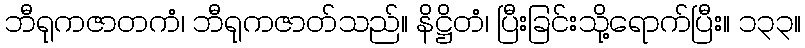
ဘီရုကဇာတကံ၊ ဘီရုကဇာတ်သည်။ နိဋ္ဌိတံ၊ ပြီးခြင်းသို့ရောက်ပြီး။ ၁၃၃။